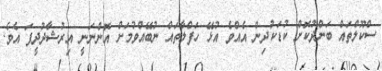
ސްކޫލްތައް ބަންދުކޮށް ކުޑަކުދިން އެއްވެ އުޅޭ ހަފްލާތައް ނުބޭއްވުމަށް އޮންނަނީ އިރުޝާދުދީފަ އެވެ.